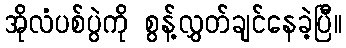
အိုလံပစ်ပွဲကို စွန့်လွှတ်ချင်နေခဲ့ပြီ။